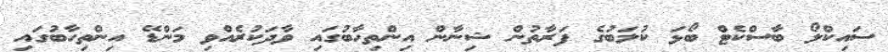
ސައިކްލޯ ބާސްކެޓް ބޯޅަ ކުލަބުގެ ފަރާތުން ޝިނާން އިންތިހާބުގައި ވާދަކުރެއްވި މަންޑޭ އިންތިހާބުގައި